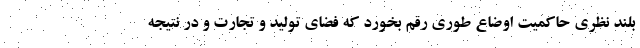
بلند نظری حاکمیت اوضاع طوری رقم بخورد که فضای تولید و تجارت و در نتیجه